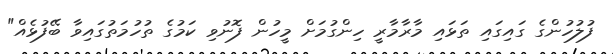
ފުލުހުންގެ ގައިގައި ތަޅައި މާރާމާރީ ހިންގުމަށް މީހުން ފޮނުވި ކަމުގެ ތުހުމަތުގައިވާ ބޭފުޅެއް"